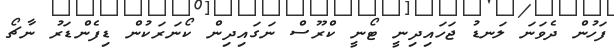
ފަހުން ދެވަނަ ލަނޑު ޖަހައިދިނީ ޓޯނީ ކްރޫސް ނަގައިދިން ކޯނަރަކުން ޑިފެންޑަރު ނާޗޯ